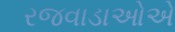
રજવાડાઓએ